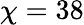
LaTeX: \chi=38